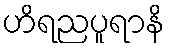
ဟိရညပူရာနိ